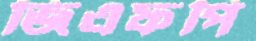
জিএফপি